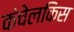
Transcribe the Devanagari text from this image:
कंचेलकिस